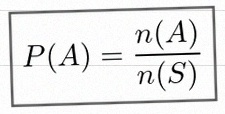
P(A)=\frac{n(A)}{n(S)}